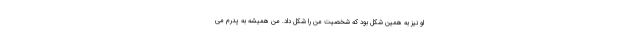
او نیز به همین شکل بود که شخصیت من را شکل داد. من همیشه به پدرم می